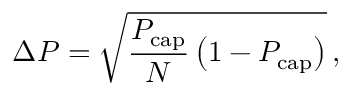
\Delta P = \sqrt { \frac { P _ { \mathrm { c a p } } } { N } \left( 1 - P _ { \mathrm { c a p } } \right) } \, ,